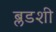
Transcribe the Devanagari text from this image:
ब्लडशी